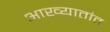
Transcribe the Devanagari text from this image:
आख्यातांत